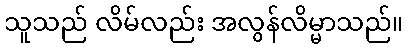
သူသည် လိမ်လည်း အလွန်လိမ္မာသည်။